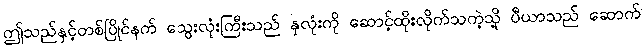
ဤသည်နှင့်တစ်ပြိုင်နက် သွေးလုံးကြီးသည် နှလုံးကို ဆောင့်ထိုးလိုက်သကဲ့သို့ ပီယာသည် ဆောက်